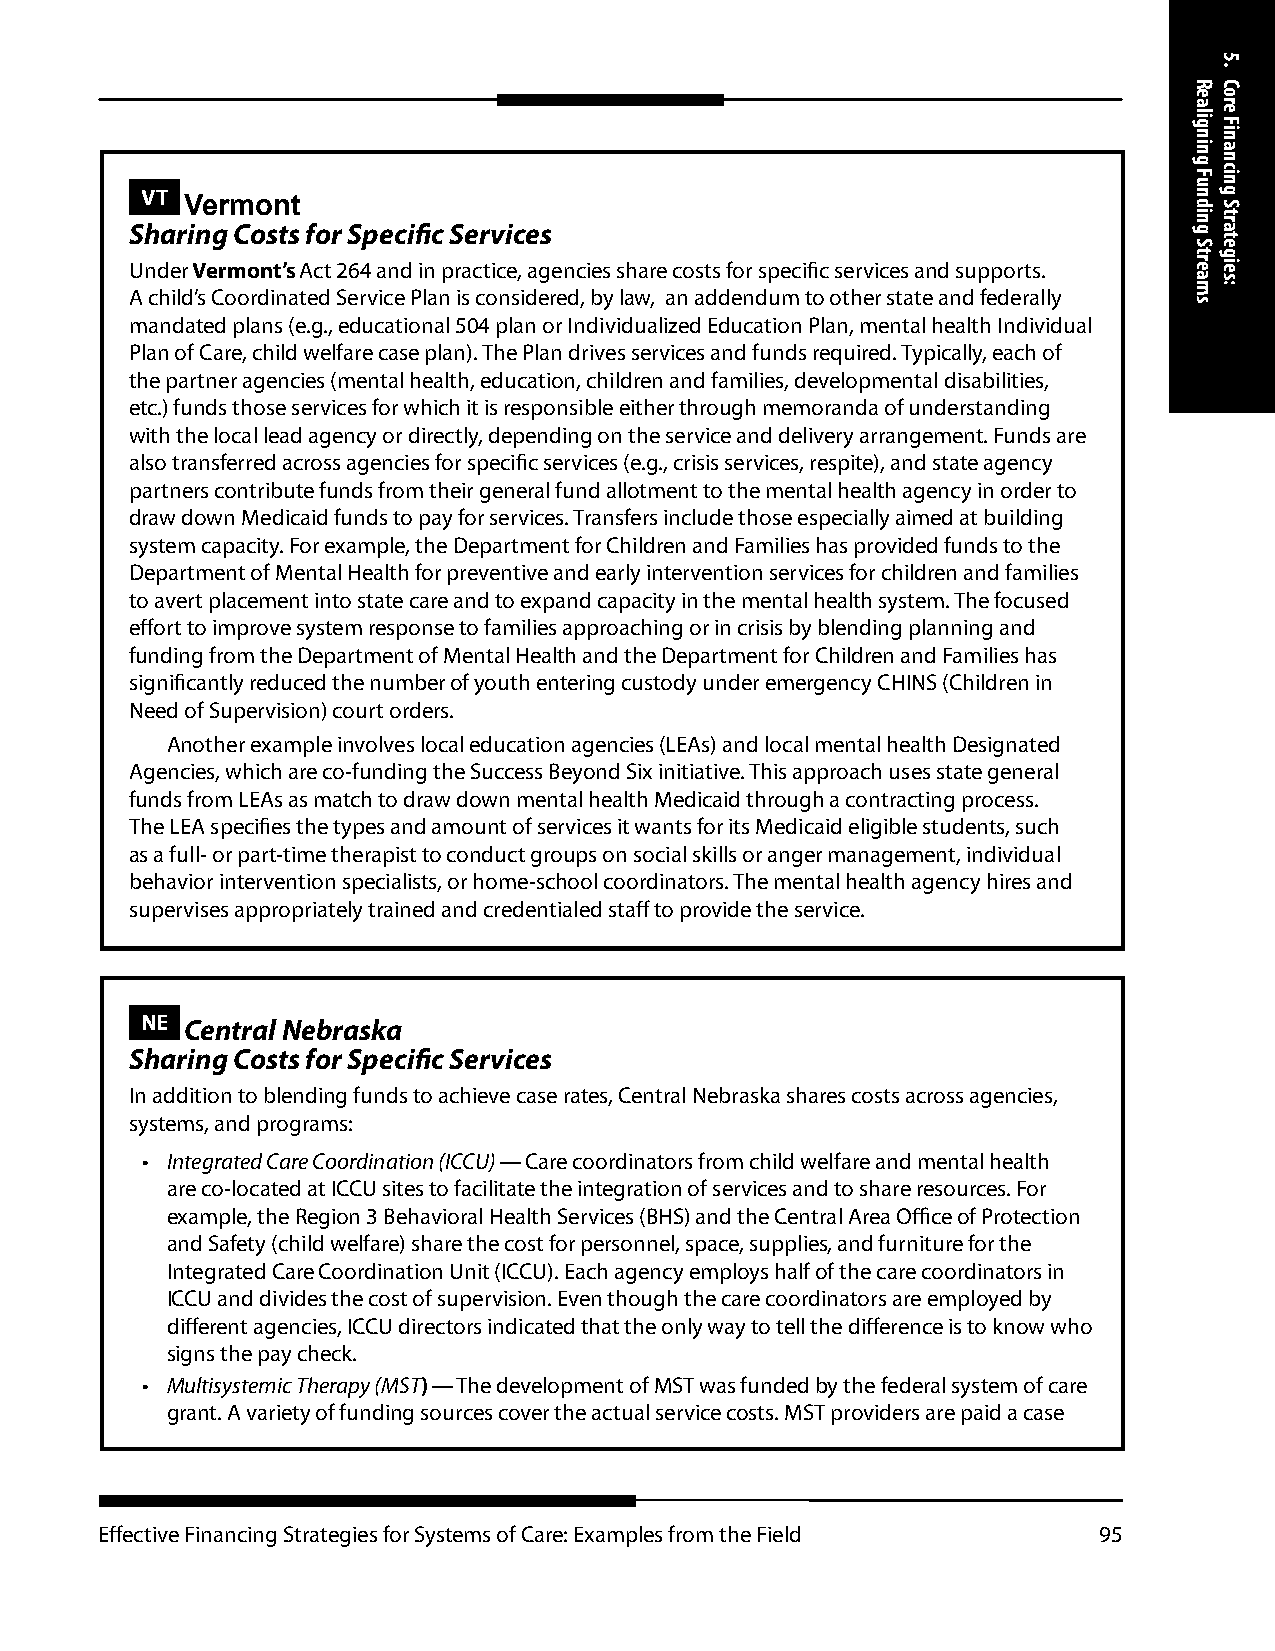
VT
 Vermont
 Sharing Costs for Specific Services
 Under Vermont’s Act 264 and in practice, agencies share costs for specific services and supports.
 A child’s Coordinated Service Plan is considered, by law, an addendum to other state and federally
 mandated plans (e.g., educational 504 plan or Individualized Education Plan, mental health Individual
 Plan of Care, child welfare case plan). The Plan drives services and funds required. Typically, each of
 the partner agencies (mental health, education, children and families, developmental disabilities,
 etc.) funds those services for which it is responsible either through memoranda of understanding
 with the local lead agency or directly, depending on the service and delivery arrangement. Funds are
 also transferred across agencies for specific services (e.g., crisis services, respite), and state agency
 partners contribute funds from their general fund allotment to the mental health agency in order to
 draw down Medicaid funds to pay for services. Transfers include those especially aimed at building
 system capacity. For example, the Department for Children and Families has provided funds to the
 Department of Mental Health for preventive and early intervention services for children and families
 to avert placement into state care and to expand capacity in the mental health system. The focused
 effort to improve system response to families approaching or in crisis by blending planning and
 funding from the Department of Mental Health and the Department for Children and Families has
 significantly reduced the number of youth entering custody under emergency CHINS (Children in
 Need of Supervision) court orders.
 Another example involves local education agencies (LEAs) and local mental health Designated
 Agencies, which are co-funding the Success Beyond Six initiative. This approach uses state general
 funds from LEAs as match to draw down mental health Medicaid through a contracting process.
 The LEA specifies the types and amount of services it wants for its Medicaid eligible students, such
 as a full- or part-time therapist to conduct groups on social skills or anger management, individual
 behavior intervention specialists, or home-school coordinators. The mental health agency hires and
 supervises appropriately trained and credentialed staff to provide the service.
 NE Central Nebraska
 Sharing Costs for Specific Services
 In addition to blending funds to achieve case rates, Central Nebraska shares costs across agencies,
 systems, and programs:
 • Integrated Care Coordination (ICCU) — Care coordinators from child welfare and mental health
 are co-located at ICCU sites to facilitate the integration of services and to share resources. For
 example, the Region 3 Behavioral Health Services (BHS) and the Central Area Office of Protection
 and Safety (child welfare) share the cost for personnel, space, supplies, and furniture for the
 Integrated Care Coordination Unit (ICCU). Each agency employs half of the care coordinators in
 ICCU and divides the cost of supervision. Even though the care coordinators are employed by
 different agencies, ICCU directors indicated that the only way to tell the difference is to know who
 signs the pay check.
 • Multisystemic Therapy (MST) — The development of MST was funded by the federal system of care
 grant. A variety of funding sources cover the actual service costs. MST providers are paid a case
 Effective Financing Strategies for Systems of Care: Examples from the Field 95
 Realigning
 Funding
 Streams
 5.
 Core
 Financing
 Strategies: